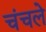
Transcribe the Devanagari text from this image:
चंचले